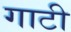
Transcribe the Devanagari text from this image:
गाटी